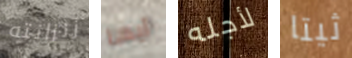
زنزانته أيها لأجله ثيتا